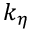
k _ { \eta }